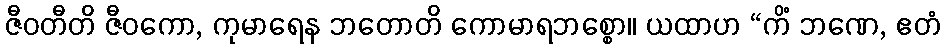
ဇီဝတီတိ ဇီဝကော, ကုမာရေန ဘတောတိ ကောမာရဘစ္စော။ ယထာဟ “ကိံ ဘဏေ, ဧတံ